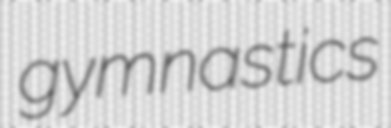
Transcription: gymnastics